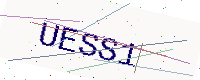
Text: UESS1